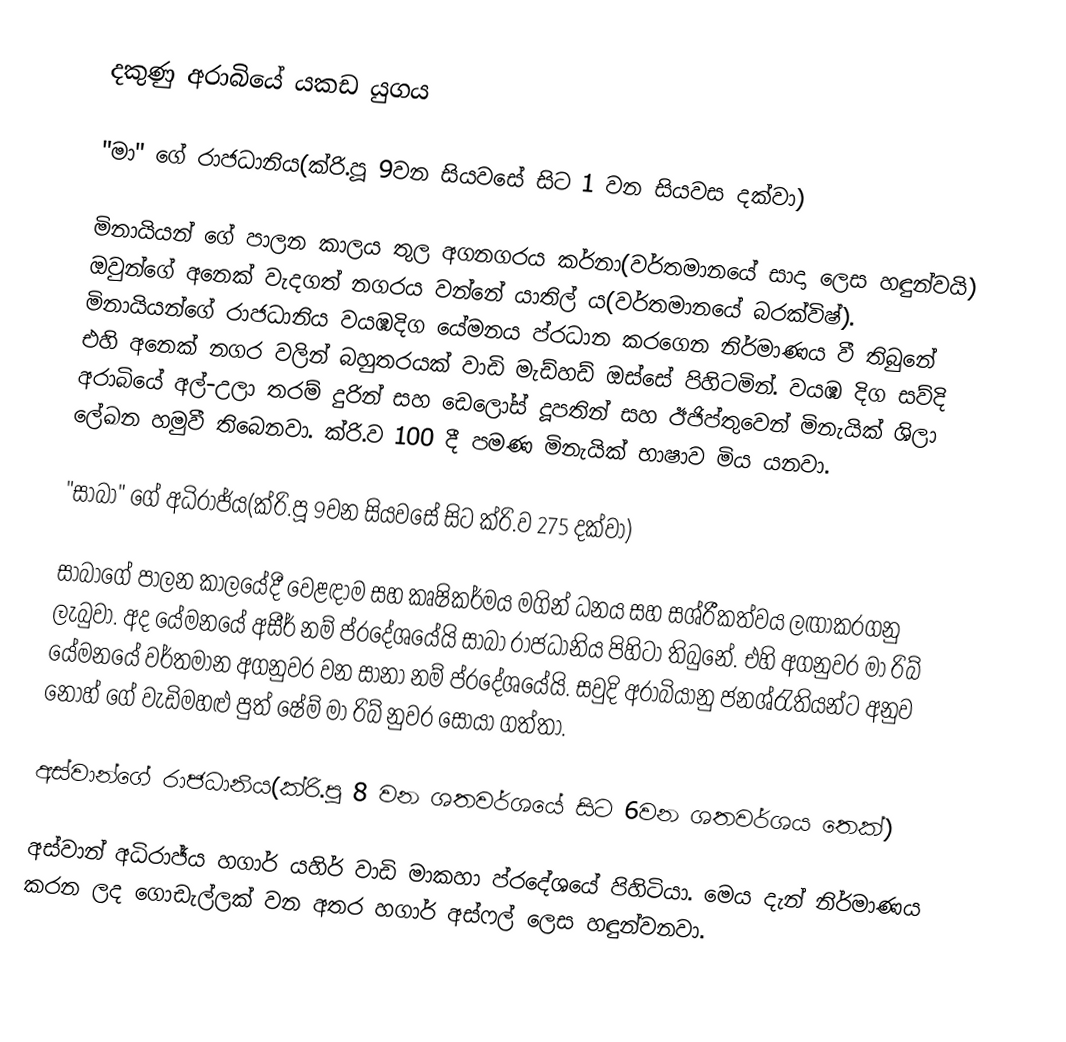
දකුණු අරාබියේ යකඩ යුගය

"මා" ගේ රාජධානිය(ක්රි.පූ 9වන සියවසේ සිට 1 වන සියවස දක්වා)

මිනායියන් ගේ පාලන කාලය තුල අගනගරය කර්නා(වර්තමානයේ සාදා ලෙස හඳුන්වයි) ඔවුන්ගේ අනෙක් වැදගත් නගරය වන්නේ යාතිල් ය(වර්තමානයේ බරක්විෂ්). මිනායියන්ගේ රාජධානිය වයඹදිග යේමනය ප්රධාන කරගෙන නිර්මාණය වී තිබුනේ එහි අනෙක් නගර වලින් බහුතරයක් වාඩි මැඩ්හඩ් ඔස්සේ පිහිටමින්. වයඹ දිග සව්දි අරාබියේ අල්-උලා තරම් දුරින් සහ ඩෙලෝස් දූපතින් සහ ඊජිප්තුවෙන් මිනැයික් ශිලා ලේඛන හමුවී තිබෙනවා. ක්රි.ව 100 දී පමණ මිනැයික් භාෂාව මිය යනවා.

"සාබා" ගේ අධිරාජ්ය(ක්රි.පූ 9වන සියවසේ සිට ක්රි.ව 275 දක්වා)

සාබාගේ පාලන කාලයේදී වෙළඳාම සහ කෘෂිකර්මය මගින් ධනය සහ සශ්රීකත්වය ලඟාකරගනු ලැබුවා. අද යේමනයේ අසීර් නම් ප්රදේශයේයි සාබා රාජධානිය පිහිටා තිබුනේ. එහි අගනුවර මා රිබ් යේමනයේ වර්තමාන අගනුවර වන සානා නම් ප්රදේශයේයි. සවුදි අරාබියානු ජනශ්රැතියන්ට අනුව නොහ් ගේ වැඩිමහළු පුත් ෂේම් මා රිබ් නුවර සොයා ගත්තා.

අස්වාන්ගේ රාජධානිය(ක්රි.පූ 8 වන ශතවර්ශයේ සිට 6වන ශතවර්ශය තෙක්)

අස්වාන් අධිරාජ්ය හගාර් යහිර් වාඩි මාකහා ප්රදේශයේ පිහිටියා. මෙය දැන් නිර්මාණය කරන ලද ගොඩැල්ලක් වන අතර හගාර් අස්ෆල් ලෙස හඳුන්වනවා.